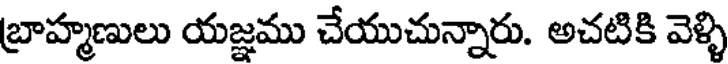
బ్రాహ్మణులు యజ్ఞము చేయుచున్నారు. అచటికి వెళ్ళి